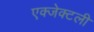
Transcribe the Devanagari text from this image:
एक्जेक्टली